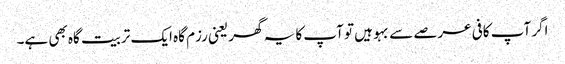
اگر آپ کافی عرصے سے بہو ہیں تو آپ کا یہ گھر یعنی رزم گاہ ایک تربیت گاہ بھی ہے۔